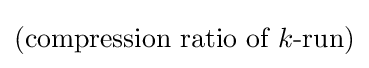
({\text{compression ratio of }}k{\text{-run}})